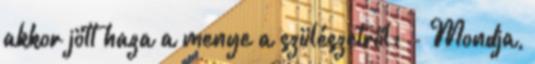
akkor jött haza a menye a szülészetről: - Mondja,